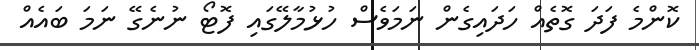
ކޮންމެ ފަދަ ގޮތެއް ހަދައިގެން ނަމަވެސް ހުޅުމާލޭގައި ފޮޓޯ ނުނެގޭ ނަމަ ބައެއް